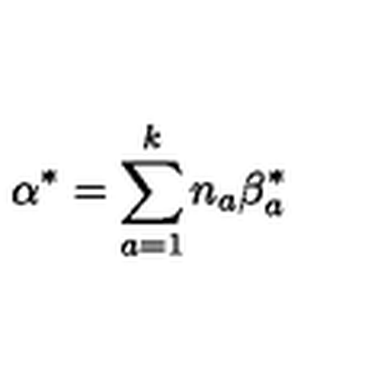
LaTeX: { \mathrm { \boldmath \alpha } } ^ { * } = \sum _ { a = 1 } ^ { k } n _ { a } { { \mathrm { \boldmath \beta } } _ { a } ^ { * } }